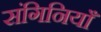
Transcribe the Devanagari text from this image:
संगिनियाँ